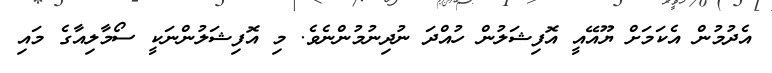
އެދުމުން އެކަމަށް ޔޫއޭއީ އޮފިޝަލުން ހުއްދަ ނުދިނުމުންނެވެ. މި އޮފިޝަލުންނަކީ ސޯމާލިއާގެ މައި